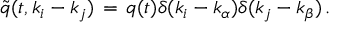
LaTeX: { \tilde { q } } ( t , k _ { i } - k _ { j } ) \, = \, q ( t ) \delta ( k _ { i } - k _ { \alpha } ) \delta ( k _ { j } - k _ { \beta } ) \, .